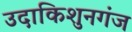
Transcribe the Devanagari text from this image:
उदाकिशुनगंज